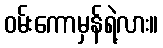
ဝမ်းကောမှန်ရဲ့လား။